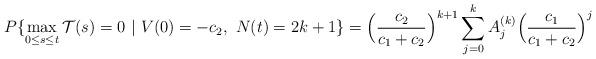
LaTeX: \begin{align*}P\{\max_{0\le s\le t}\mathcal{T}(s)=0\ |\ V(0) = -c_2,\ N(t) = 2k+1\} = \Bigl(\frac{c_2}{c_1+c_2} \Bigr)^{k+1}\sum_{j=0}^k A_j^{(k)} \Bigl(\frac{c_1}{c_1+c_2} \Bigr)^{j}\end{align*}